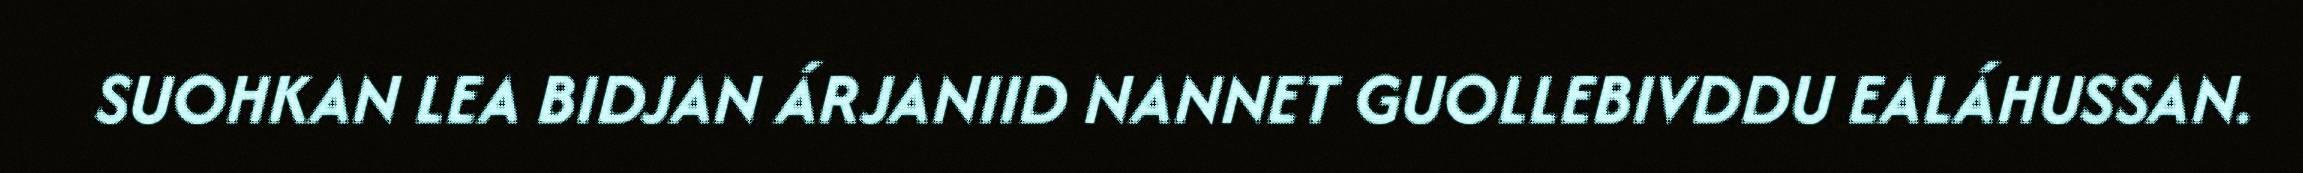
SUOHKAN LEA BIDJAN ÁRJANIID NANNET GUOLLEBIVDDU EALÁHUSSAN.